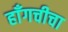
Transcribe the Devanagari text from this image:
हाँगचीचा